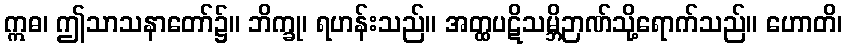
ဣဓ၊ ဤသာသနာတော်၌။ ဘိက္ခု၊ ရဟန်းသည်။ အတ္ထပဋိသမ္ဘိဉာဏ်သို့ရောက်သည်။ ဟောတိ၊